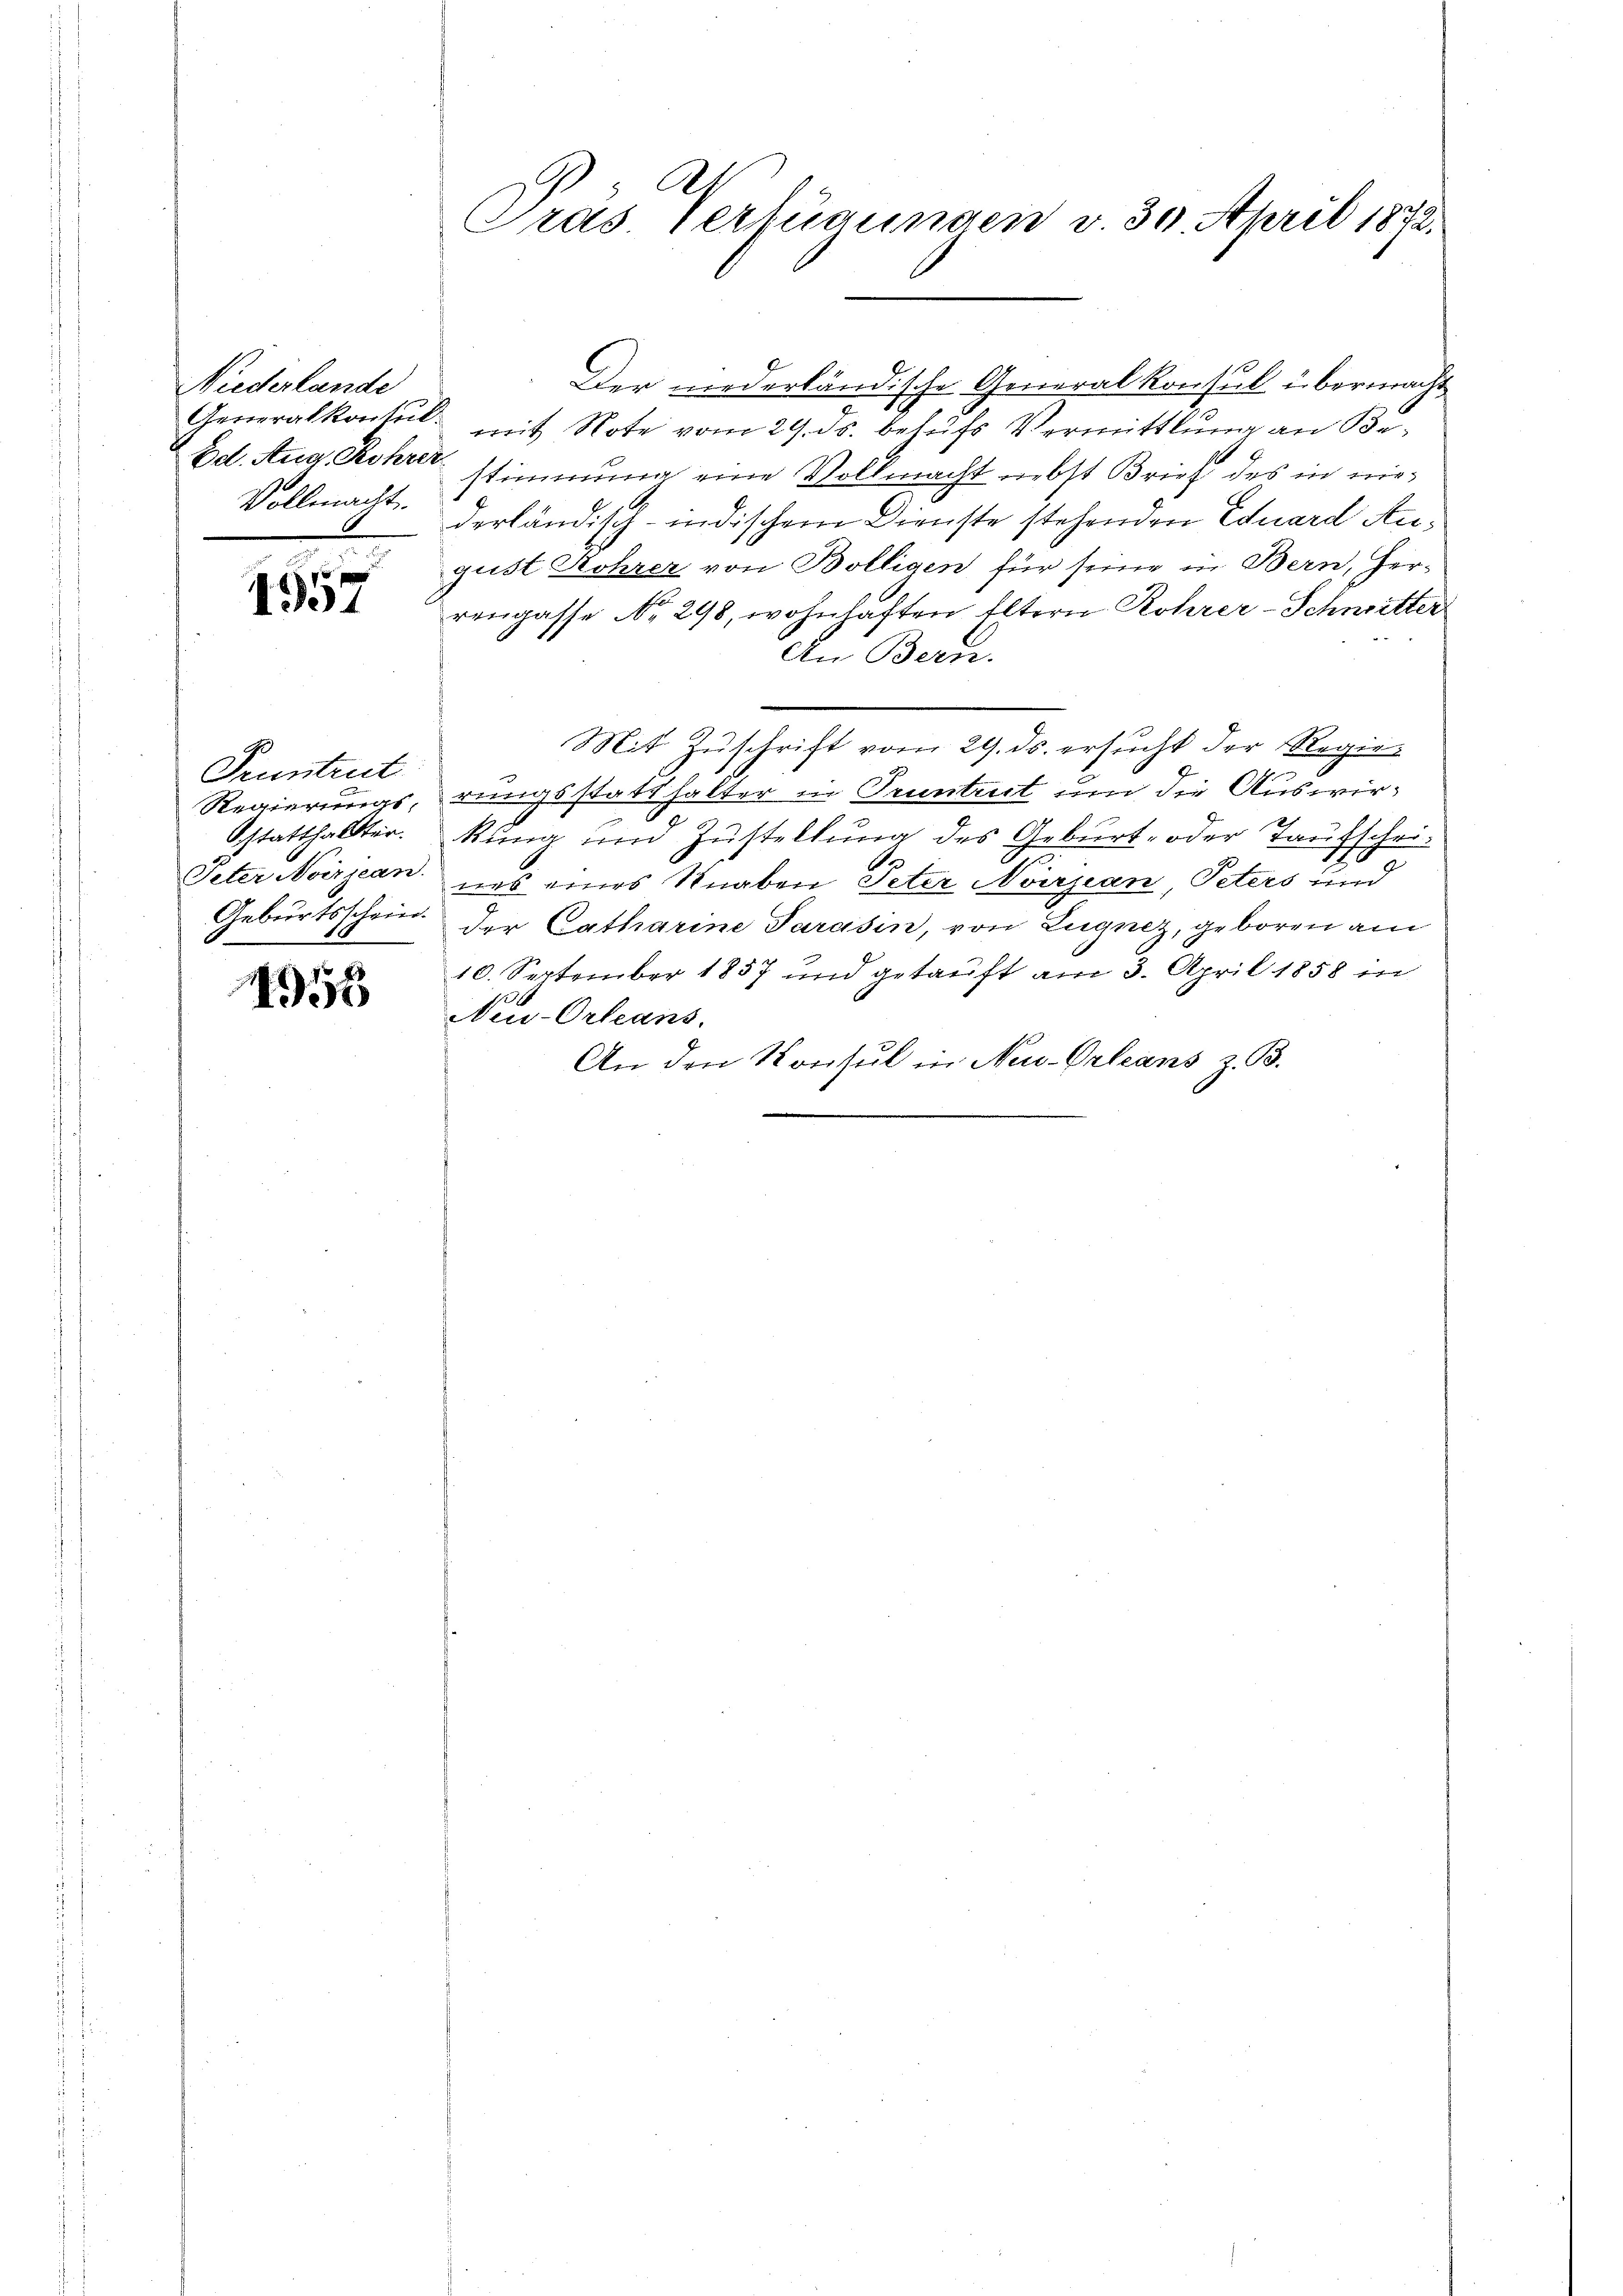
Niederlande
Vollmacht.

1957

Pruntrut
Regierungs-
Statthalter.
Peter Noirjean.
Geburtsschein.

¬

155

A.
Träs Verfügungen v. 30. April 1832.

Der niederländische Generalkonsul übermacht
Generalkonsul mit Note vom 29. ds. behufs Vermittlung an Be¬
Bat. Aug. Rohrer stimmung eine Vollmacht nebst Brief des in niederländisch-indischem Dienste stehenden Eduard Angust Rohrer von Bölligen für seine in Bern, Her-
rengasse No 298, wohnhaften Eltern Rohrer-Schmitter
An Bern.
Mit Zuschrift vom 29. ds. ersucht der Regierungsstatthalter in Truntrut um die Auswird
kung und Zustellung des Geburt, oder Taufschrie
2
nes eines Knaben Peter Norzian, Peters und
der Catharine Pareisin, von Lugnez, geboren am
10. September 1857 und getauft am 3. April 1858 in
t
Neu-Orleans,
An den Konsul in New-Orleans z. B.